Sanitation, dispensaries and jails vaccination Rajputana 1922-1927 - 1922-1927
Year: 1922
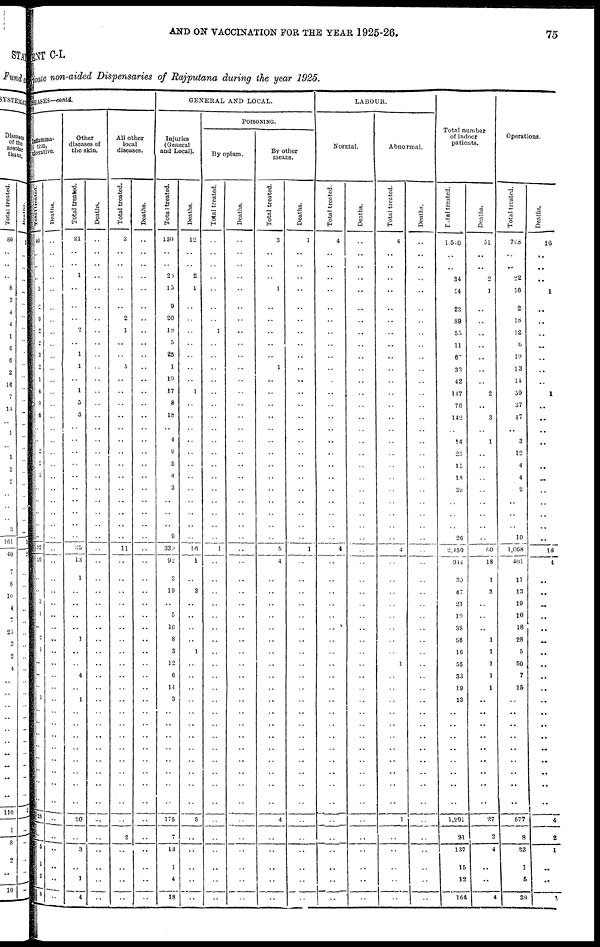
AND ON VACCINATION FOR THE YEAR 1925-26.
75
MENT C-I.
Private non-aided Dispensaries of Rajputana during the year 1925.
DISEASES-contd.
Inflamma-
tion,
ulcerative.
Totol treated.
40
..
..
..
5
2
9
..
2
3
2
1
4
9
6
..
..
2
2
3
..
..
..
..
..
92
20
..
..
3
1
..
2
1
..
..
..
1
..
..
..
..
..
..
..
..
28
..
5
1
2
8
Deaths.
..
..
..
..
..
..
..
..
..
..
..
..
..
..
..
..
..
..
..
..
..
..
..
..
..
..
..
..
..
..
..
..
..
..
..
..
..
..
..
..
..
..
..
..
..
..
..
..
..
..
..
..
Other
diseases of
the skin.
Total treated.
21
..
..
1
..
..
..
..
1
1
..
1
5
3
..
..
..
..
..
..
..
..
..
..
35
13
l
..
..
..
..
1
..
..
4
..
1
..
..
..
..
..
..
..
..
20
..
3
..
1
4
Deaths.
..
..
..
..
..
..
..
..
..
..
..
..
..
..
..
..
..
..
..
..
..
..
..
..
..
..
..
..
..
..
..
..
..
..
..
..
..
..
..
..
..
..
..
..
..
..
..
..
..
..
..
..
All other
local
diseases.
Total treated.
3
..
..
..
..
..
2
1
..
..
5
..
..
..
..
..
..
..
..
..
..
..
..
..
..
11
..
..
..
..
..
..
..
..
..
..
..
..
..
..
..
..
..
..
..
..
..
2
..
..
..
..
Deaths.
..
..
..
..
..
..
..
..
..
..
..
..
..
..
..
..
..
..
..
..
..
..
..
..
..
..
..
..
..
..
..
..
..
..
..
..
..
..
..
..
..
..
..
..
..
..
..
..
..
..
..
..
GENERAL AND LOCAL.
Injuries
(General
and Local).
Total treated.
130
..
..
20
15
9
20
18
5
23
1
19
17
8
18
..
4
9
5
4
3
..
..
..
9
339
92
3
19
..
5
10
8
3
12
6
14
3
..
..
..
..
..
..
..
..
175
7
13
1
4
18
Deaths.
12
..
..
2
1
..
..
..
..
..
..
..
1
..
..
..
..
..
..
..
..
..
..
..
..
16
1
..
3
..
..
..
..
1
..
..
..
..
..
..
..
..
..
..
..
..
5
..
..
..
..
POISONING.
By opium.
Total treated.
..
..
..
..
..
..
..
1
..
..
..
..
..
..
..
..
..
..
..
..
..
..
..
..
l
..
..
..
..
..
..
..
..
..
..
..
..
..
..
..
..
..
..
..
..
..
..
..
..
..
..
Deaths.
..
..
..
..
..
..
..
..
..
..
..
..
..
..
..
..
..
..
..
..
..
..
..
..
..
..
..
..
..
..
..
..
..
..
..
..
..
..
..
..
..
..
..
..
..
..
..
..
..
..
..
..
By other
means.
Total treated.
3
..
..
..
1
..
..
..
..
..
1
..
..
..
..
..
..
..
..
..
..
..
..
..
..
5
4
..
..
..
..
..
..
..
..
..
..
..
..
..
..
..
..
..
..
..
4
..
..
..
..
..
Deaths.
1
..
..
..
..
..
..
..
..
..
..
..
..
..
..
..
..
..
..
..
..
..
..
..
..
1
..
..
..
..
..
..
..
..
..
..
..
..
..
..
..
..
..
..
..
..
..
..
..
..
..
LABOUR.
Normal.
Total treated.
4
..
..
..
..
..
..
..
..
..
..
..
..
..
..
..
..
..
..
..
..
..
..
..
..
4
..
..
..
..
..
..
..
..
..
..
..
..
..
..
..
..
..
..
..
..
..
..
..
..
..
..
Deaths.
..
..
..
..
..
..
..
..
..
..
..
..
..
..
..
..
..
..
..
..
..
..
..
..
..
..
..
..
..
..
..
..
..
..
..
..
..
..
..
..
..
..
..
..
..
..
..
..
..
..
..
..
Abnormal.
Total treated.
4
..
..
..
..
..
..
..
..
..
..
..
..
..
..
..
..
..
..
..
..
..
..
..
..
4
..
..
..
..
..
..
..
..
1
..
..
..
..
..
..
..
..
..
..
..
1
..
..
..
..
Deaths.
..
..
..
..
..
..
..
..
..
..
..
..
..
..
..
..
..
..
..
..
..
..
..
..
..
..
..
..
..
..
..
..
..
..
..
..
..
..
..
..
..
..
..
..
..
..
..
..
..
..
..
..
Total number
of indoor
patients.
Total treated.
1,540
..
..
34
54
23
89
55
11
6
33
42
147
76
142
..
14
25
15
18
39
..
..
..
26
2,450
914
30
47
21
19
38
56
16
55
33
19
13
..
..
..
..
..
..
..
..
1,291
21
137
15
12
164
Deaths.
51
..
..
2
1
..
..
..
..
..
..
..
2
..
3
..
1
..
..
..
..
..
..
..
..
60
18
1
3
..
..
.._
..
1
..
..
..
..
..
..
..
..
..
..
..
..
27
3
4
..
..
4
Operations.
Total treated.
768
..
..
22
16
2
18
12
6
19
13
14
59
37
47
..
3
12
4
4
2
..
..
..
10
1,068
401
11
13
19
10
18
28
5
50
7
15
..
..
..
..
..
..
..
..
..
577
8
33
1
5
39
Deaths.
16
..
..
..
1
..
..
..
..
..
..
..
1
..
..
..
..
..
..
..
..
..
..
..
18
4
..
..
..
..
..
..
..
..
..
..
..
..
..
..
..
..
..
..
..
4
2
1
..
..
1